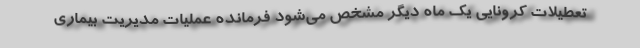
تعطیلات کرونایی یک ماه دیگر مشخص می‌شود فرمانده عملیات مدیریت بیماری